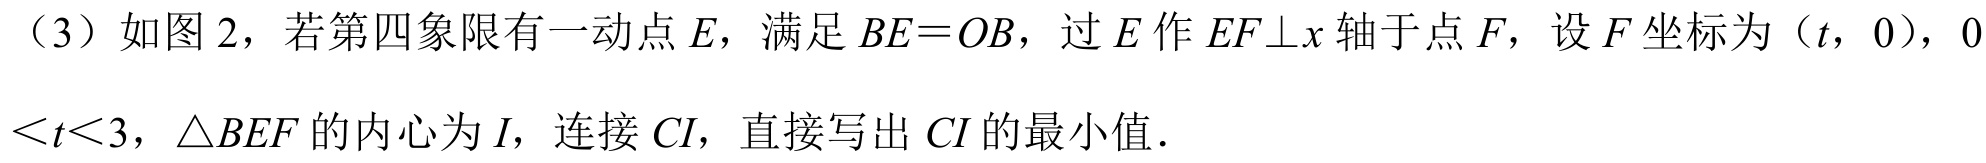
（3）如图 2，若第四象限有一动点 \(E\)，满足 \(BE = OB\)，过 \(E\) 作 \(EF\bot x\) 轴于点 \(F\)，设 \(F\) 坐标为（\(t\)，\(0\)），\(0 < t < 3\)，\(\triangle BEF\) 的内心为 \(I\)，连接 \(CI\)，直接写出 \(CI\) 的最小值．